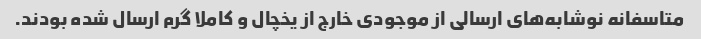
متاسفانه نوشابه‌های ارسالی از موجودی خارج از یخچال و کاملا گرم ارسال شده بودند.